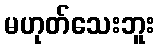
မဟုတ်သေးဘူး